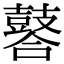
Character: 䶀